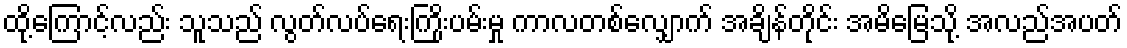
ထို့ကြောင့်လည်း သူသည် လွတ်လပ်ရေးကြိုးပမ်းမှု ကာလတစ်လျှောက် အချိန်တိုင်း အမိမြေသို့ အလည်အပတ်